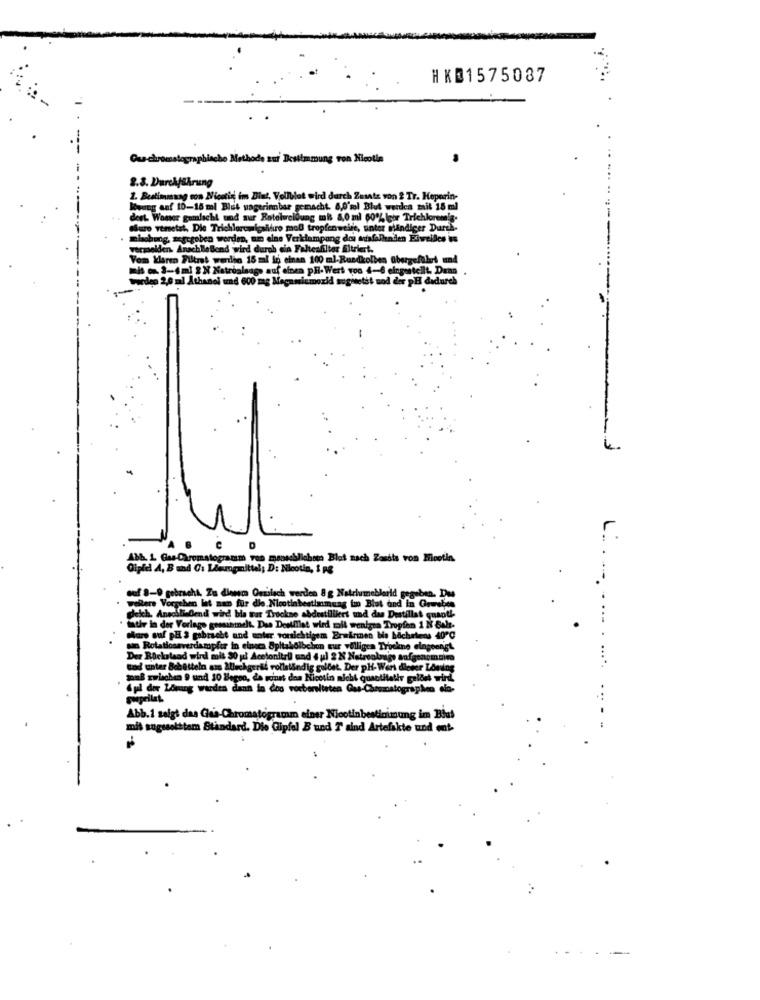
HK@1575087
Que-chromatographiecho Methode zur Bestimmung von Nicola
2.8. Durchführung
1. Bestimmung con Nicotin im Blut, Vollblet wird durch Zusatz von 2 Tr. Heparin-
leung anf 10-16 ml Blut wagerinnbar gemacht. 6,0'ml Blut werdea mail 15 ml
dest Womser gumlicht und sur Fotelueldung mk 80 ml 60% gor Trichlorenig.
sur vemetat, Die Trichlorewigsicuro mol tropfenweire, unter shindiger Durch!
cgeben
verde, um eine Verklampang doi ausfallenden Eiweiles is
vermelden. AnschlieBend wird durch ein Faltesfilter Bliriet.
Vom Klaren Filtrat werden 15 ml in einan 100 ml-Rundkolben übergeführt und
3-4m] 2 N Natroalsags auf einen PH- Wert von 4-6 eing
2,0 ml Athanol und 600 zag Megas
oxid mogitetit und der pH dadurch
Ath L Gas Chromatogramm von menschliche Blot nach Zasits von Meetin.
Oipiel A, B und Ci Lieuogmittel; D: Nicotin, & p
ouf 8-9 gebracht Zu diesem Qualsch werden 8 g Natriumeblarid gegeben
g too Blut and in Gewebe
wellere Vorsehen lat aun fur die. Nicotinbest
deich. Anadli Gend wird bla war Trockne abdestill
rt und das Destillas que
lathe in der Vorlage geosanmn
possiamoelt. Das Desifflet wird mit wenigra Tropfen 1
share sul PH 3 gebracht
sbracht und unter vorsichtigem Brwirmen Wie hoch
san Rotationsverdampfer in einecs Spitaholb
yookno
Der Ricksland wird mit 80 ul Acetonitril und 4 ul 2N Natronb
und unter Schütteln az Allechgeral vollständig goldet. Der PH-Wert die
muß zwischen 9 und 10 Begno, de wo
denna de moinst doa Nicotin nicht quantitativ ge
Apl der Lösung werden dann in doo vorberei
Abb. 1 salgt das Ges-Chromatogramm einer Nicotinbestinimung im Bius
mit sugssolttam Standard. Die Gipfel B und T sind Artefakte und ent-